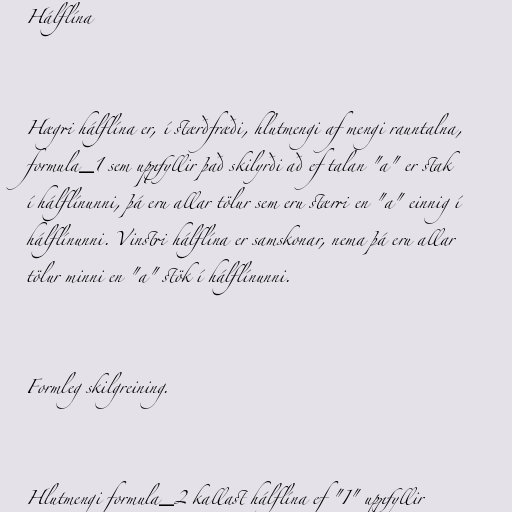
Hálflína

Hægri hálflína er, í stærðfræði, hlutmengi af mengi rauntalna,
formula_1 sem uppfyllir það skilyrði að ef talan "a" er stak
í hálflínunni, þá eru allar tölur sem eru stærri en "a" einnig í
hálflínunni. Vinstri hálflína er samskonar, nema þá eru allar
tölur minni en "a" stök í hálflínunni.

Formleg skilgreining.

Hlutmengi formula_2 kallast hálflína ef "I" uppfyllir